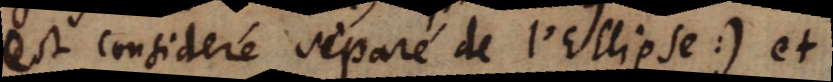
est consideré séparé de l’Ellipse:) et